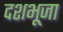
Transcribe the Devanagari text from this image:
दशभूजा